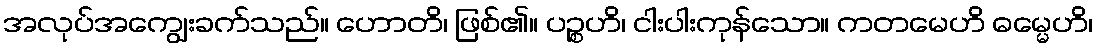
အလုပ်အကျွေးခက်သည်။ ဟောတိ၊ ဖြစ်၏။ ပဉ္စဟိ၊ ငါးပါးကုန်သော။ ကတမေဟိ ဓမ္မေဟိ၊